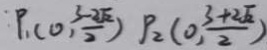
: P _ { 1 } ( 0 , \frac { 3 - 2 \sqrt { 2 } } { 2 } ) P _ { 2 } ( 0 , \frac { 3 + 2 \sqrt { 2 } } { 2 } )